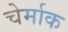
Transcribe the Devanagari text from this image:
चेर्माक